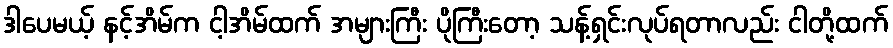
ဒါပေမယ့် နင့်အိမ်က ငါ့အိမ်ထက် အများကြီး ပိုကြီးတော့ သန့်ရှင်းလုပ်ရတာလည်း ငါတို့ထက်